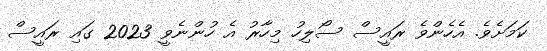
ކަމަށެވެ. އެހެންވެ ރައީސް ސޯލިހު މިހާރު އެ ހުންނެވީ 2023 ގައި ރައީސް